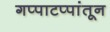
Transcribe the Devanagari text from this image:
गप्पाटप्पांतून